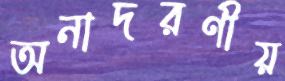
অনাদরণীয়